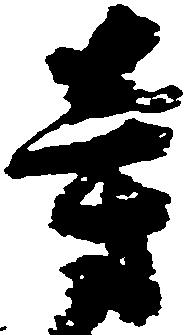
旁